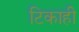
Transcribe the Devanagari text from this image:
टिकाही